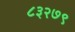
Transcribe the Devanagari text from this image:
८३२७९